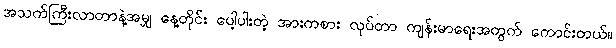
အသက်ကြီးလာတာနဲ့အမျှ နေ့တိုင်း ပေါ့ပါးတဲ့ အားကစား လုပ်တာ ကျန်းမာရေးအတွက် ကောင်းတယ်။